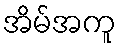
အိမ်အကူ